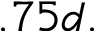
. 7 5 d .